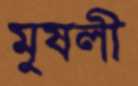
মুষলী